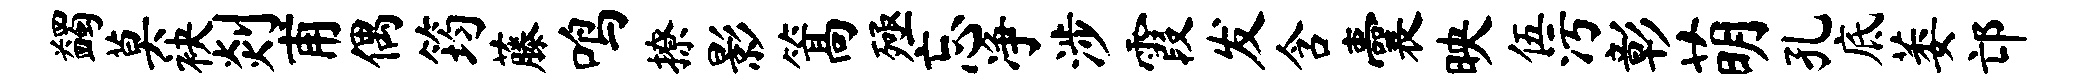
蠲莫袂剡甫偶筠藤鸣撩影篙殛忘净涉霞发含囊映伍污彰萌孔底萎邙